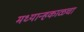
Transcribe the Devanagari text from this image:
मध्यान्हकाळचा